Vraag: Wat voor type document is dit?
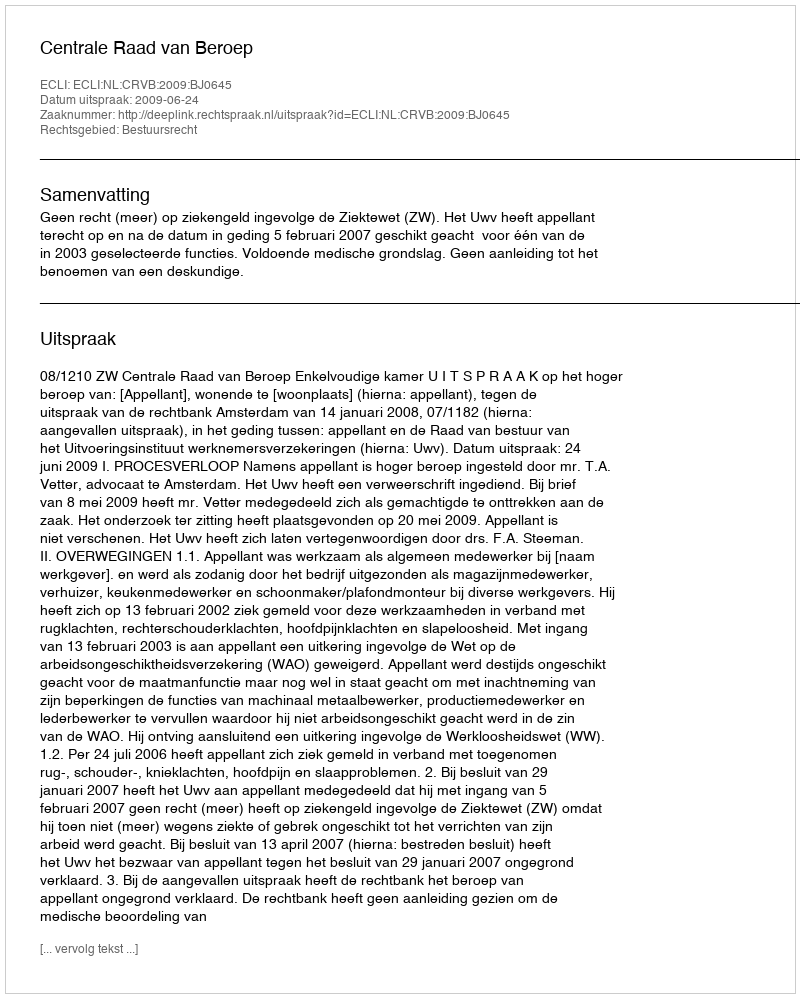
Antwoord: Uitspraak